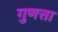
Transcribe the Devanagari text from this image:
गुणत्ता